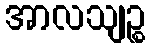
အာလသျဉ္စ